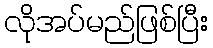
လိုအပ်မည်ဖြစ်ပြီး